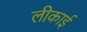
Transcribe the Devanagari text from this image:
लीकाई